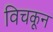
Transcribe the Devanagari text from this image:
विचकून